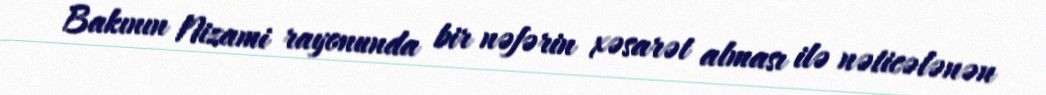
Bakının Nizami rayonunda bir nəfərin xəsarət alması ilə nəticələnən